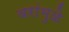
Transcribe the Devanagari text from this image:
वरांमुळे